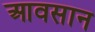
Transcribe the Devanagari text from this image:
आवसान